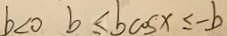
b < 0 b \leq b \cos x \leq - b